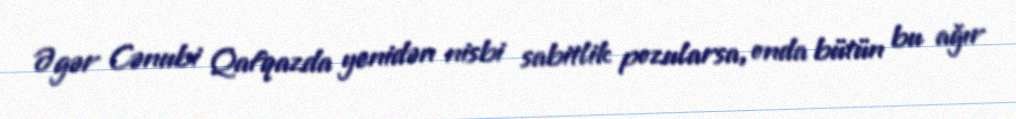
Əgər Cənubi Qafqazda yenidən nisbi sabitlik pozularsa, onda bütün bu ağır